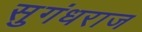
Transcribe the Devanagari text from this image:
सुगंधराज